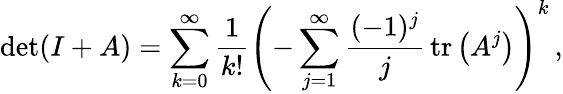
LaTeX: \operatorname*{det}(I+A)=\sum_{k=0}^{\infty}{\frac{1}{k!}}\left(-\sum_{j=1}^{\infty}{\frac{(-1)^{j}}{j}}\operatorname{tr}\left(A^{j}\right)\right)^{k}\, ,